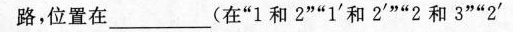
路，位置___(在“1和2”“1^{\prime}”和“2^{\prime}” “2和3”“2^{\prime}”和